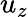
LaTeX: u_{z}